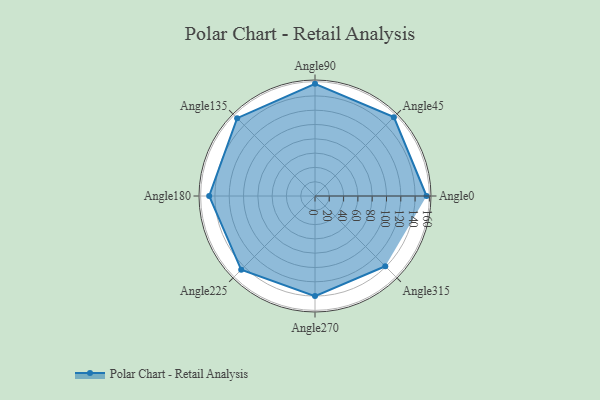
{"axis": {"x": "Angle", "y": "Radius"}, "legend": [""], "data": [{"x": "Angle0", "y": 156.0, "type": ""}, {"x": "Angle45", "y": 156.0, "type": ""}, {"x": "Angle90", "y": 157.0, "type": ""}, {"x": "Angle135", "y": 154.0, "type": ""}, {"x": "Angle180", "y": 148.0, "type": ""}, {"x": "Angle225", "y": 146.0, "type": ""}, {"x": "Angle270", "y": 140.0, "type": ""}, {"x": "Angle315", "y": 139.0, "type": ""}]}